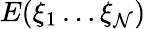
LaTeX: E(\xi_{1}\ldots\xi_{\mathcal{N}})